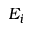
E _ { i }